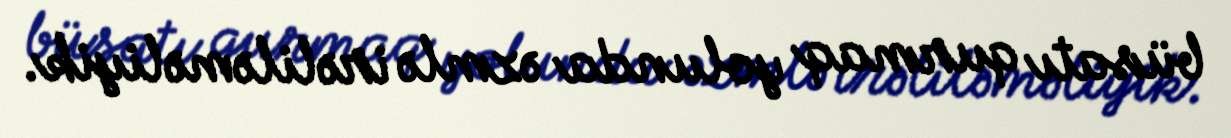
büsatı qurmaq yolunda əzmlə irəliləməliyik.